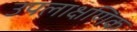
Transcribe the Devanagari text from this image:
उपलाक्षणिक